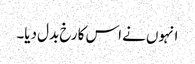
انہوں نے اس کا رخ بدل دیا۔